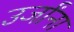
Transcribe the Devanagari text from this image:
उर्जांना